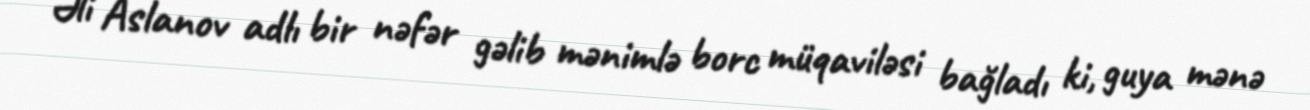
Əli Aslanov adlı bir nəfər gəlib mənimlə borc müqaviləsi bağladı ki, guya mənə